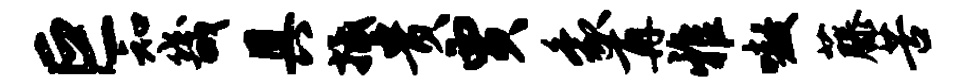
巨知畿具抵贵贾象再雅嗷藤苦